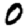
Digit: 0